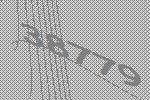
38779